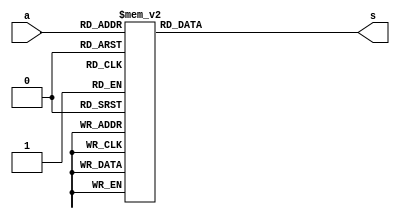
`timescale 1ns / 1ps

module add_3(
    input [3:0] a,
    output reg [3:0] s
    );
    always @(a)
    begin
        s=4'bxxxx;
        case(a)
            4'b0000: s=4'b0000;
            4'b0001: s=4'b0001;
            4'b0010: s=4'b0010;
            4'b0011: s=4'b0011;
            4'b0100: s=4'b0100;
            4'b0101: s=4'b1000;
            4'b0110: s=4'b1001;
            4'b0111: s=4'b1010;
            4'b1000: s=4'b1011;
            4'b1001: s=4'b1100;
            default: s=4'bxxxx;
        endcase
    end
    
endmodule